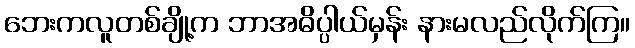
ဘေးကလူတစ်ချို့က ဘာအဓိပ္ပါယ်မှန်း နားမလည်လိုက်ကြ။